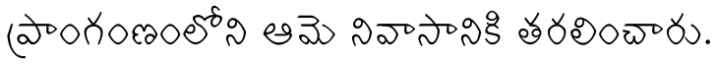
ప్రాంగంణంలోని ఆమె నివాసానికి తరలించారు.